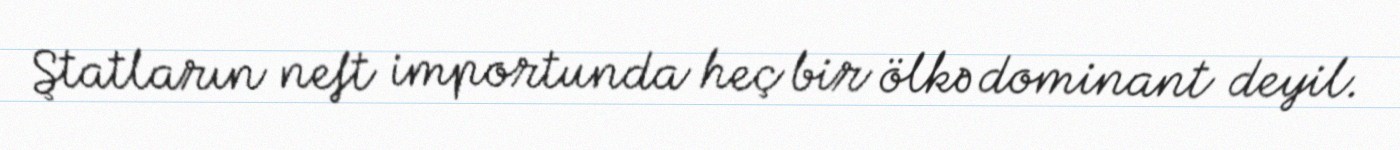
Ştatların neft importunda heç bir ölkə dominant deyil.